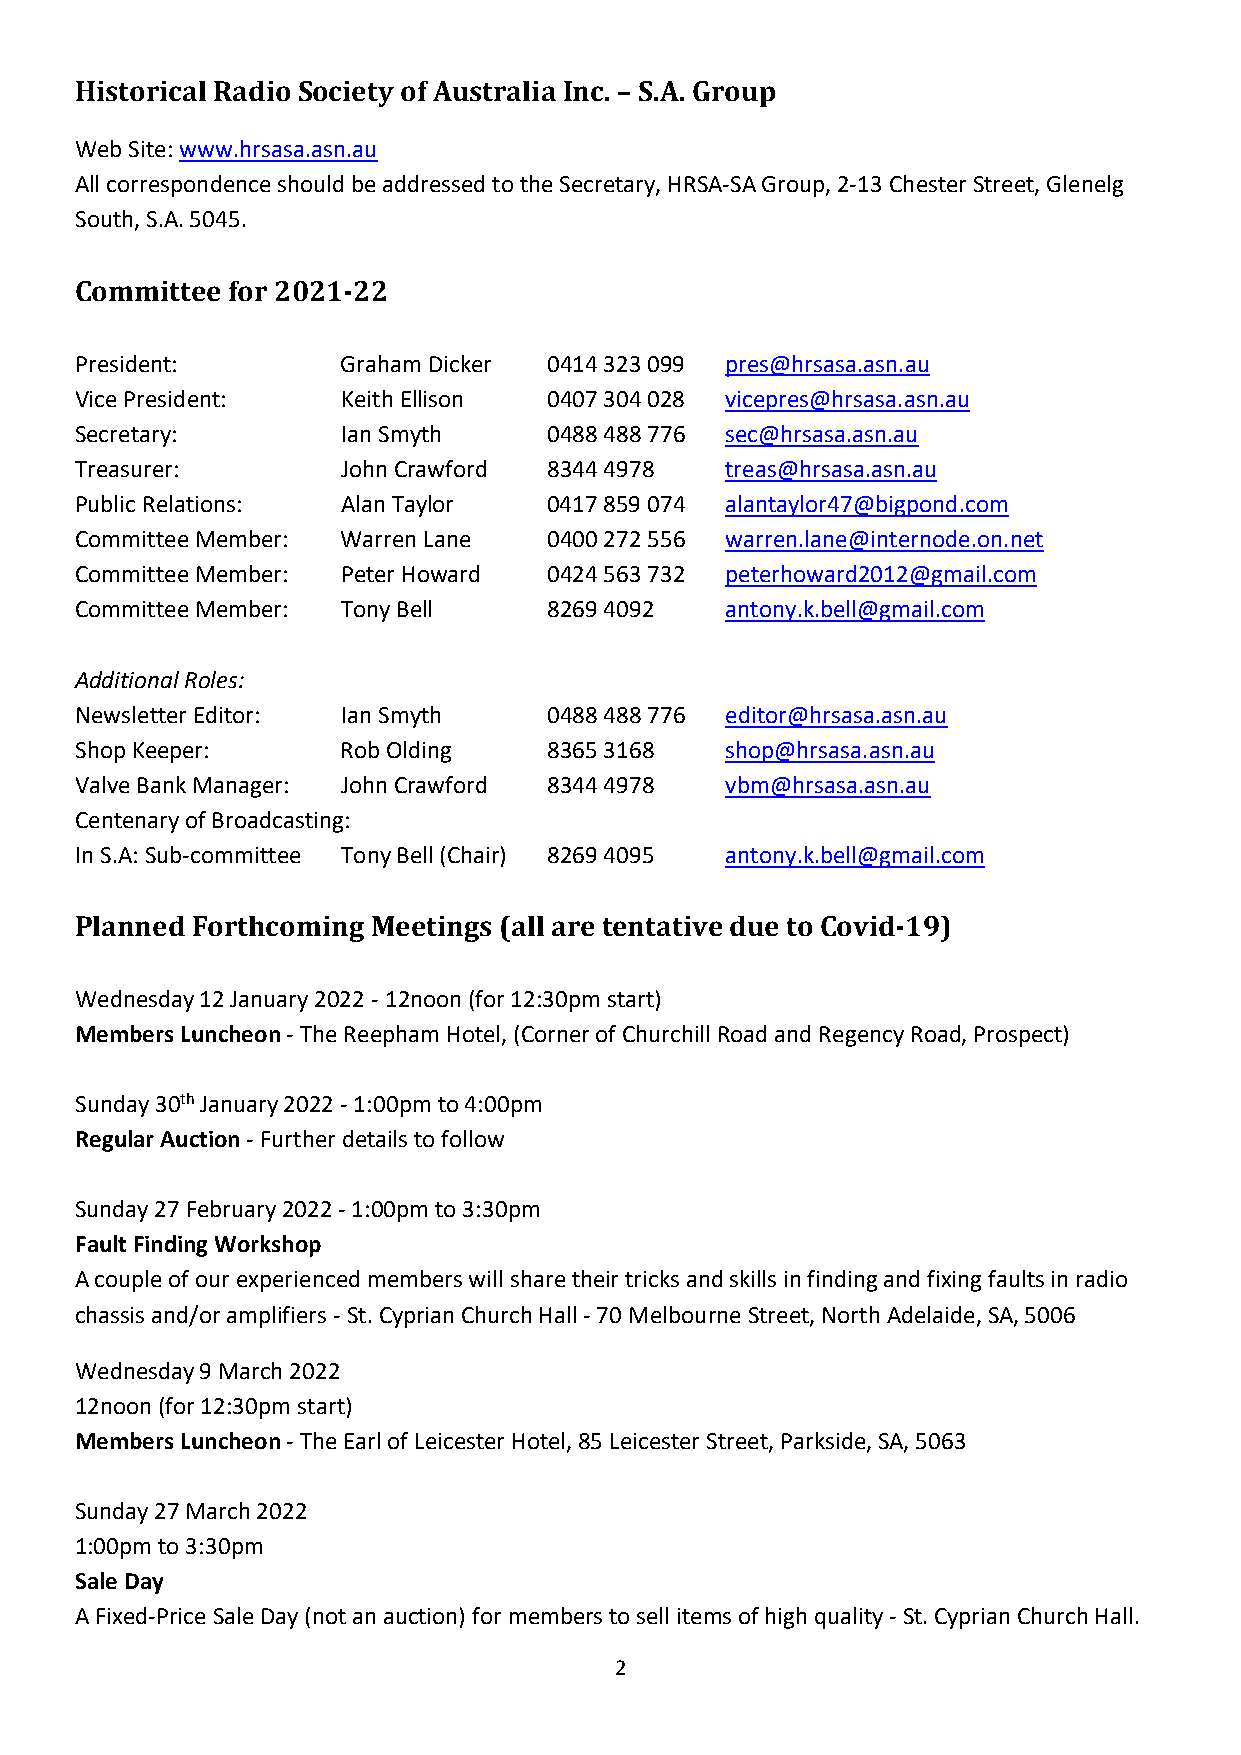
Historical Radio Society of Australia Inc. – S.A. Group
 Web Site: www.hrsasa.asn.au
 All correspondence should be addressed to the Secretary, HRSA‐SA Group, 2‐13 Chester Street, Glenelg
 South, S.A. 5045.
 Committee for 2021‐22
 President:        Graham Dicker 0414 323 099 pres@hrsasa.asn.au
 Vice President:   Keith Ellison 0407 304 028 vicepres@hrsasa.asn.au
 Secretary:        Ian Smyth    0488 488 776 sec@hrsasa.asn.au
 Treasurer:        John Crawford 8344 4978  treas@hrsasa.asn.au
 Public Relations: Alan Taylor  0417 859 074 alantaylor47@bigpond.com
 Committee Member: Warren Lane  0400 272 556 warren.lane@internode.on.net
 Committee Member: Peter Howard 0424 563 732 peterhoward2012@gmail.com
 Committee Member: Tony Bell    8269 4092   antony.k.bell@gmail.com
 Additional Roles:
 Newsletter Editor: Ian Smyth   0488 488 776 editor@hrsasa.asn.au
 Shop Keeper:      Rob Olding   8365 3168   shop@hrsasa.asn.au
 Valve Bank Manager: John Crawford 8344 4978 vbm@hrsasa.asn.au
 Centenary of Broadcasting:
 In S.A: Sub‐committee Tony Bell (Chair) 8269 4095 antony.k.bell@gmail.com
 Planned Forthcoming Meetings (all are tentative due to Covid‐19)
 Wednesday 12 January 2022 ‐ 12noon (for 12:30pm start)
 Members Luncheon ‐ The Reepham Hotel, (Corner of Churchill Road and Regency Road, Prospect)
 Sunday 30th January 2022 ‐ 1:00pm to 4:00pm
 Regular Auction ‐ Further details to follow
 Sunday 27 February 2022 ‐ 1:00pm to 3:30pm
 Fault Finding Workshop
 A couple of our experienced members will share their tricks and skills in finding and fixing faults in radio
 chassis and/or amplifiers ‐ St. Cyprian Church Hall ‐ 70 Melbourne Street, North Adelaide, SA, 5006
 Wednesday 9 March 2022
 12noon (for 12:30pm start)
 Members Luncheon ‐ The Earl of Leicester Hotel, 85 Leicester Street, Parkside, SA, 5063
 Sunday 27 March 2022
 1:00pm to 3:30pm
 Sale Day
 A Fixed‐Price Sale Day (not an auction) for members to sell items of high quality ‐ St. Cyprian Church Hall.
 2